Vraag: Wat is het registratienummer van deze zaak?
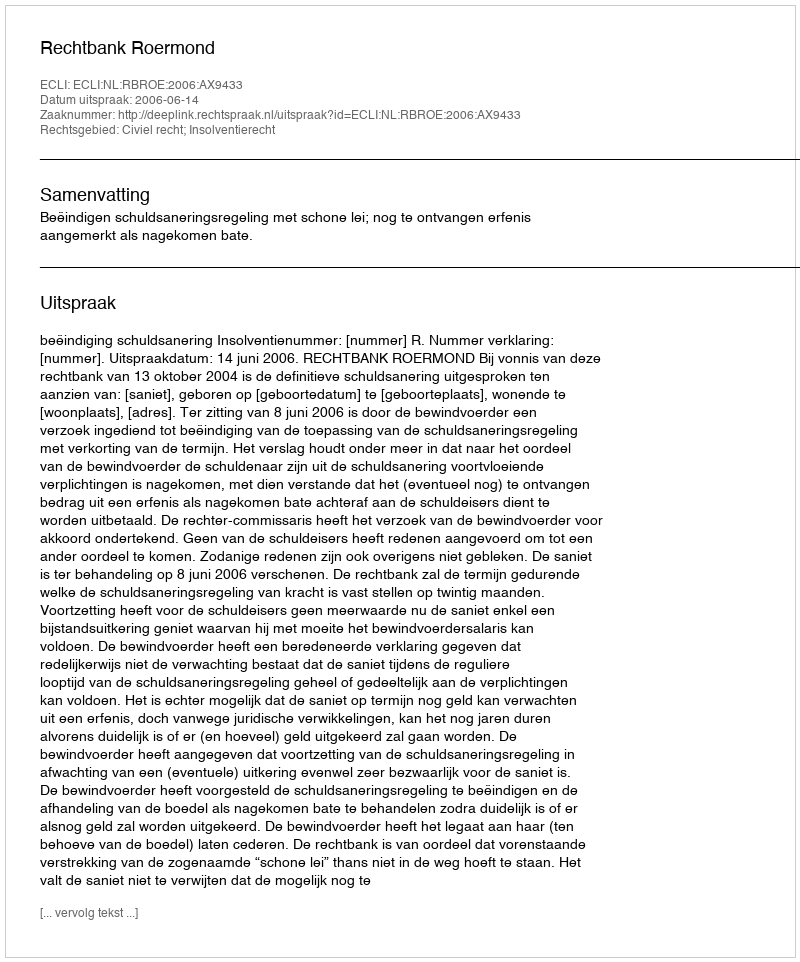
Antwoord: http://deeplink.rechtspraak.nl/uitspraak?id=ECLI:NL:RBROE:2006:AX9433